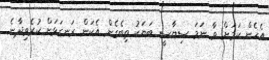
އެހެން ކަމަށް ވާ ނަމަ ސިޔާސީ ބަޔަކު ތިބެގެން އެކަން ރަނގަޅަށް ކުރެވިދާނެ